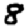
Digit: 8